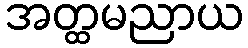
အတ္ထမညာယ